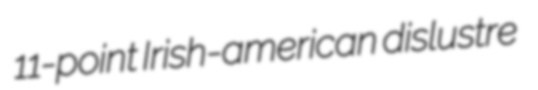
11-point Irish-american dislustre